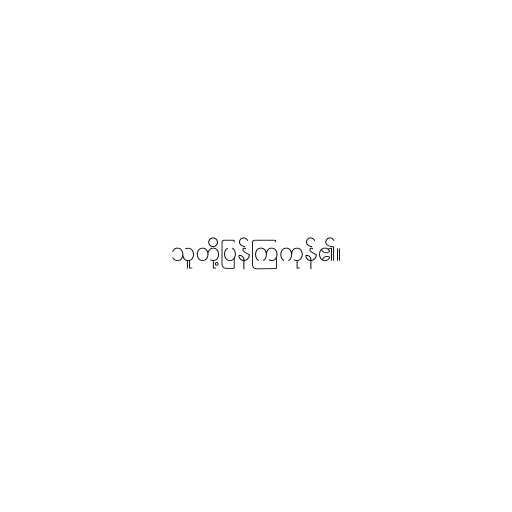
သူတို့ပြန်ကြကုန်၏။